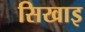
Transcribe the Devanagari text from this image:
सिखाइ